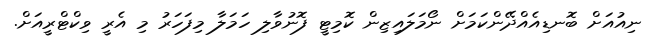
ނިއުއަށް ބޮނޑިއެއްދޭންކަމަށް ނޯމަލައިޒިން ކޮމިޓީ ފޮނުވާލި ހަމަލާ މިފަހަރު މި އެރީ ވިކްޓްރީއަށް.